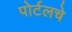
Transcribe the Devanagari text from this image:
पोर्टलचे